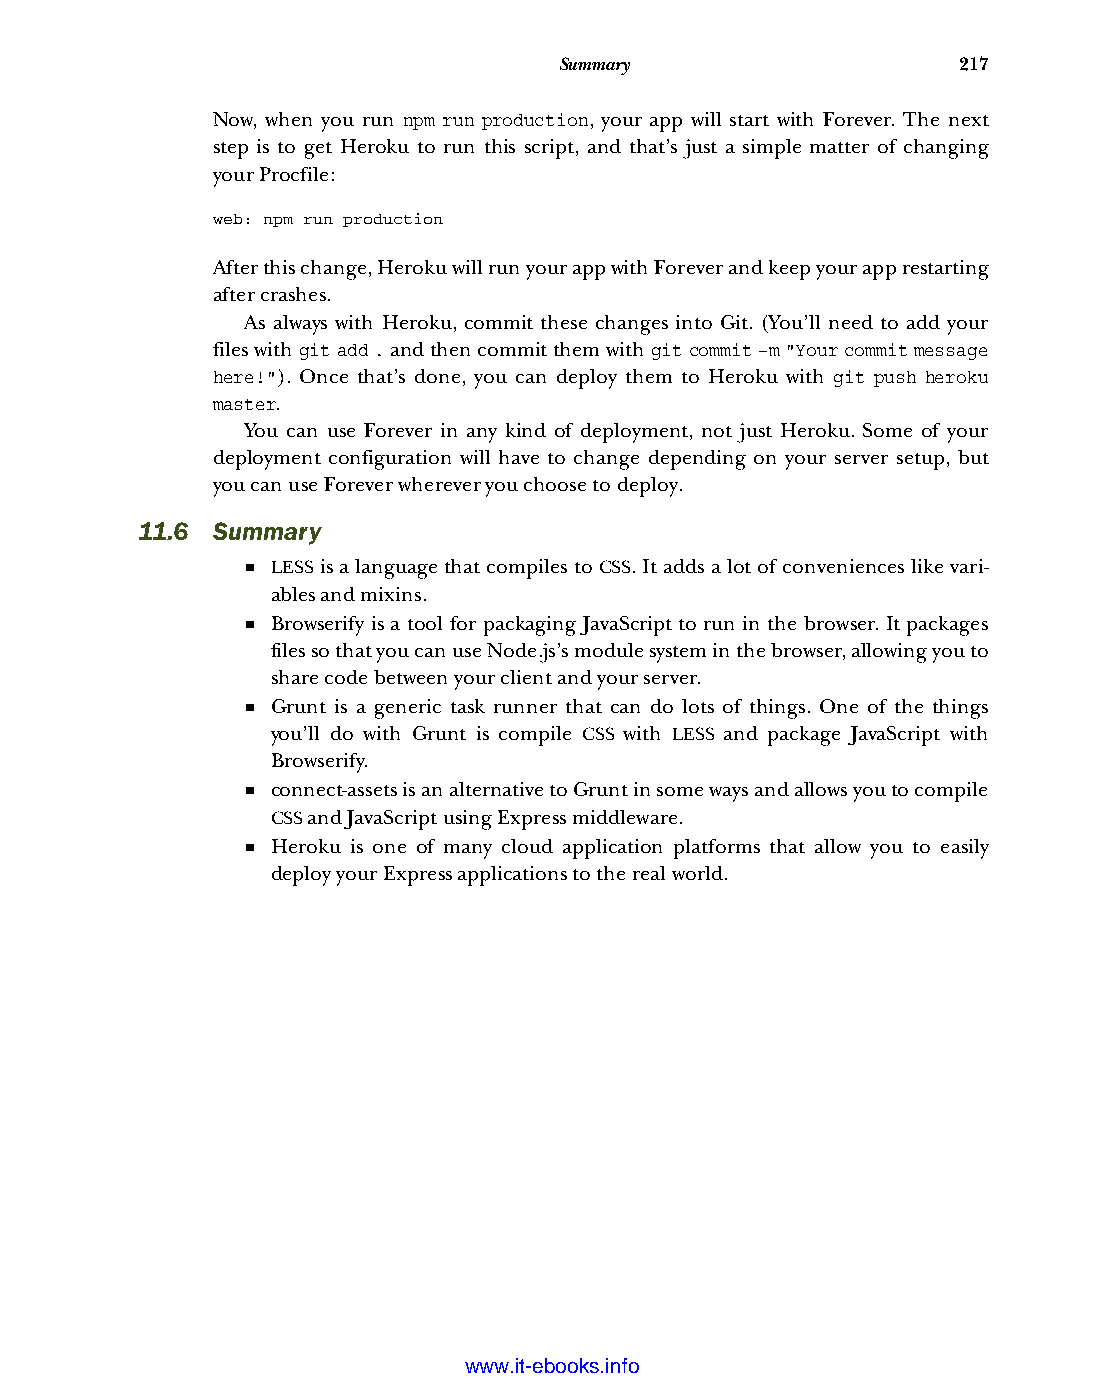
Summary                   217
 Now, when you run npm run production, your app will start with Forever. The next
 step is to get Heroku to run this script, and that’s just a simple matter of changing
 your Procfile:
 web: npm run production
 After this change, Heroku will run your app with Forever and keep your app restarting
 after crashes.
 As always with Heroku, commit these changes into Git. (You’ll need to add your
 files with git add . and then commit them with git commit –m "Your commit message
 here!"). Once that’s done, you can deploy them to Heroku with git push heroku
 master.
 You can use Forever in any kind of deployment, not just Heroku. Some of your
 deployment configuration will have to change depending on your server setup, but
 you can use Forever wherever you choose to deploy.
 11.6 Summary
 ■ LESS is a language that compiles to CSS. It adds a lot of conveniences like vari-
 ables and mixins.
 ■ Browserify is a tool for packaging JavaScript to run in the browser. It packages
 files so that you can use Node.js’s module system in the browser, allowing you to
 share code between your client and your server.
 ■ Grunt is a generic task runner that can do lots of things. One of the things
 you’ll do with Grunt is compile CSS with LESS and package JavaScript with
 Browserify.
 ■ connect-assets is an alternative to Grunt in some ways and allows you to compile
 CSS and JavaScript using Express middleware.
 ■ Heroku is one of many cloud application platforms that allow you to easily
 deploy your Express applications to the real world.
 Licensed wtow w <.mit-ielebro.8o8k8s@.ingfomail.com>